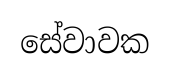
සේවාවක